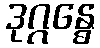
ဒုဂ္ဂန္ဓေ